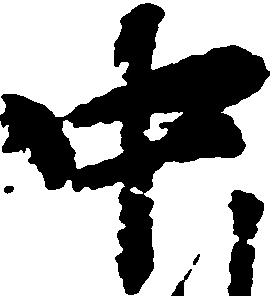
中